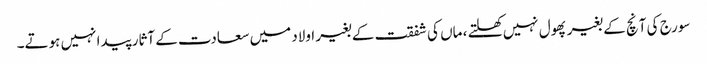
سورج کی آنچ کے بغیر پھول نہیں کھلتے ، ماں کی شفقت کے بغیر اولاد میں سعادت کے آثار پیدا نہیں ہوتے۔